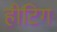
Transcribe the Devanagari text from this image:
हीटिग